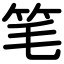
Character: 笔